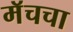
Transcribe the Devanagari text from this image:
मॅचचा